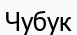
Чубук